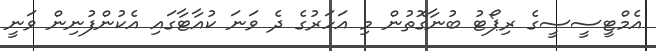
އެމްޓީސީސީގެ ރިޕޯޓު ބުނާގޮތުން މި އަހަރުގެ ދެ ވަނަ ކުއާޓާގައި އެކުންފުނިން ވަނީ